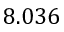
8 . 0 3 6